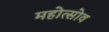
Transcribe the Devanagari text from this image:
महोत्सोव